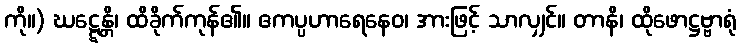
ကို။) ဃဋ္ဋေန္တိ၊ ထိခိုက်ကုန်၏။ ဧကပ္ပဟာရေနေဝ၊ အားဖြင့် သာလျှင်။ တာနိ၊ ထိုဖောဋ္ဌဗ္ဗာရုံ